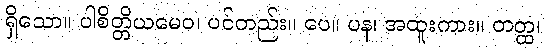
ရှိသော။ ပါစိတ္တိယမေဝ၊ ပင်တည်း။ ပေ။ ပန၊ အထူးကား။ တတ္ထ၊